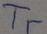
Text: Tr